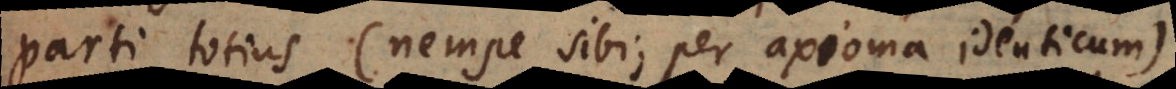
parti totius (nempe sibi, per axioma identicum),